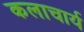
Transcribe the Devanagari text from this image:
कलाचार्य